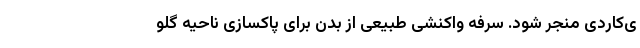
ی‌کاردی منجر شود. سرفه واکنشی طبیعی از بدن برای پاکسازی ناحیه گلو